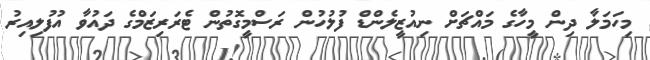
މިހަމަލާ ދިން މީހާގެ މައްޗަށް ނިއުޒީލެންޑް ފުލުހުން ރަސްމީގޮތުން ޓެރަރިޒަމްގެ ދައުވާ އުފުލިއިރު